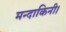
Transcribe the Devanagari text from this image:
मन्दाकिनी।